Annual report of the Prince of Wales Medical College, Patna
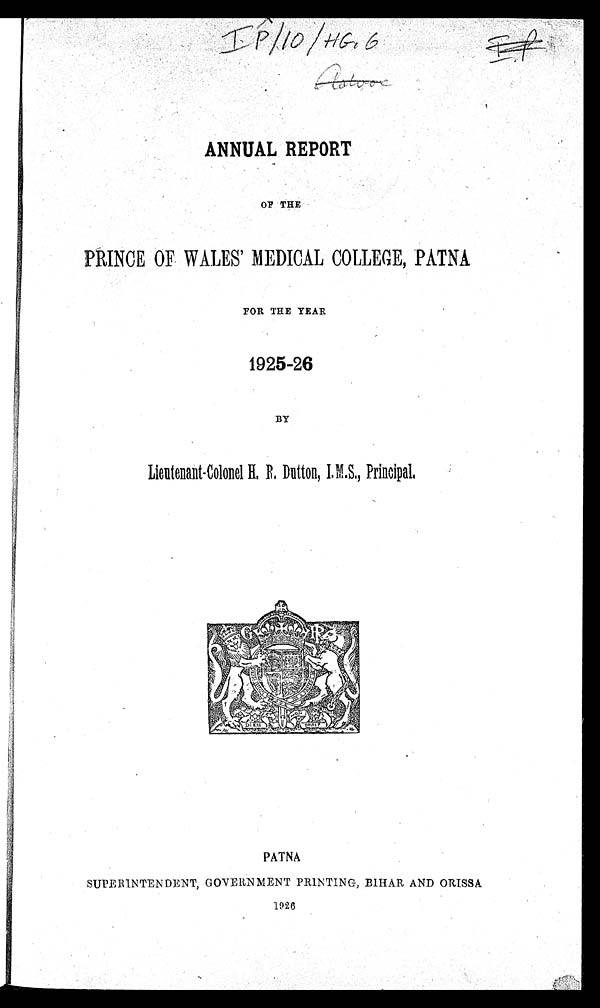
ANNUAL REPORT
OF THE
PRINCE OF WALES' MEDICAL COLLEGE, PATNA
FOR THE YEAR
1925-26
BY
Lieutenant-Colonel H. R. Dutton, I.M.S., Principal.
PATNA
SUPERINTENDENT, GOVERNMENT PRINTING, BIHAR AND ORISSA
1926